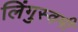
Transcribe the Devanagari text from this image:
लिंगुस्वमी